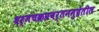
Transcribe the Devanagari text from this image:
धर्मचक्रप्रवर्तनमुद्रेतील